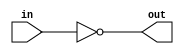
// This program was cloned from: https://github.com/Yvan-xy/verilog-doc
// License: GNU General Public License v2.0

module top_module( input in, output out );
    assign out = !in;
endmodule